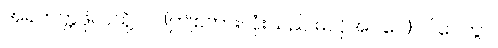
အရဟတ္တဖိုလ်သို့။ ဝ်၊ (ဤစကားလုံးသည် မလိုအပ်ပေ)။ ပါပေတွာ၊